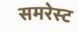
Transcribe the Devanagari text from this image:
समरेस्ट